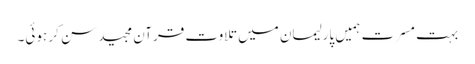
بہت مسرت ہمیں پارلیمان میں تلاوت قرآن مجید سن کر ہوئی۔